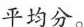
平均分。